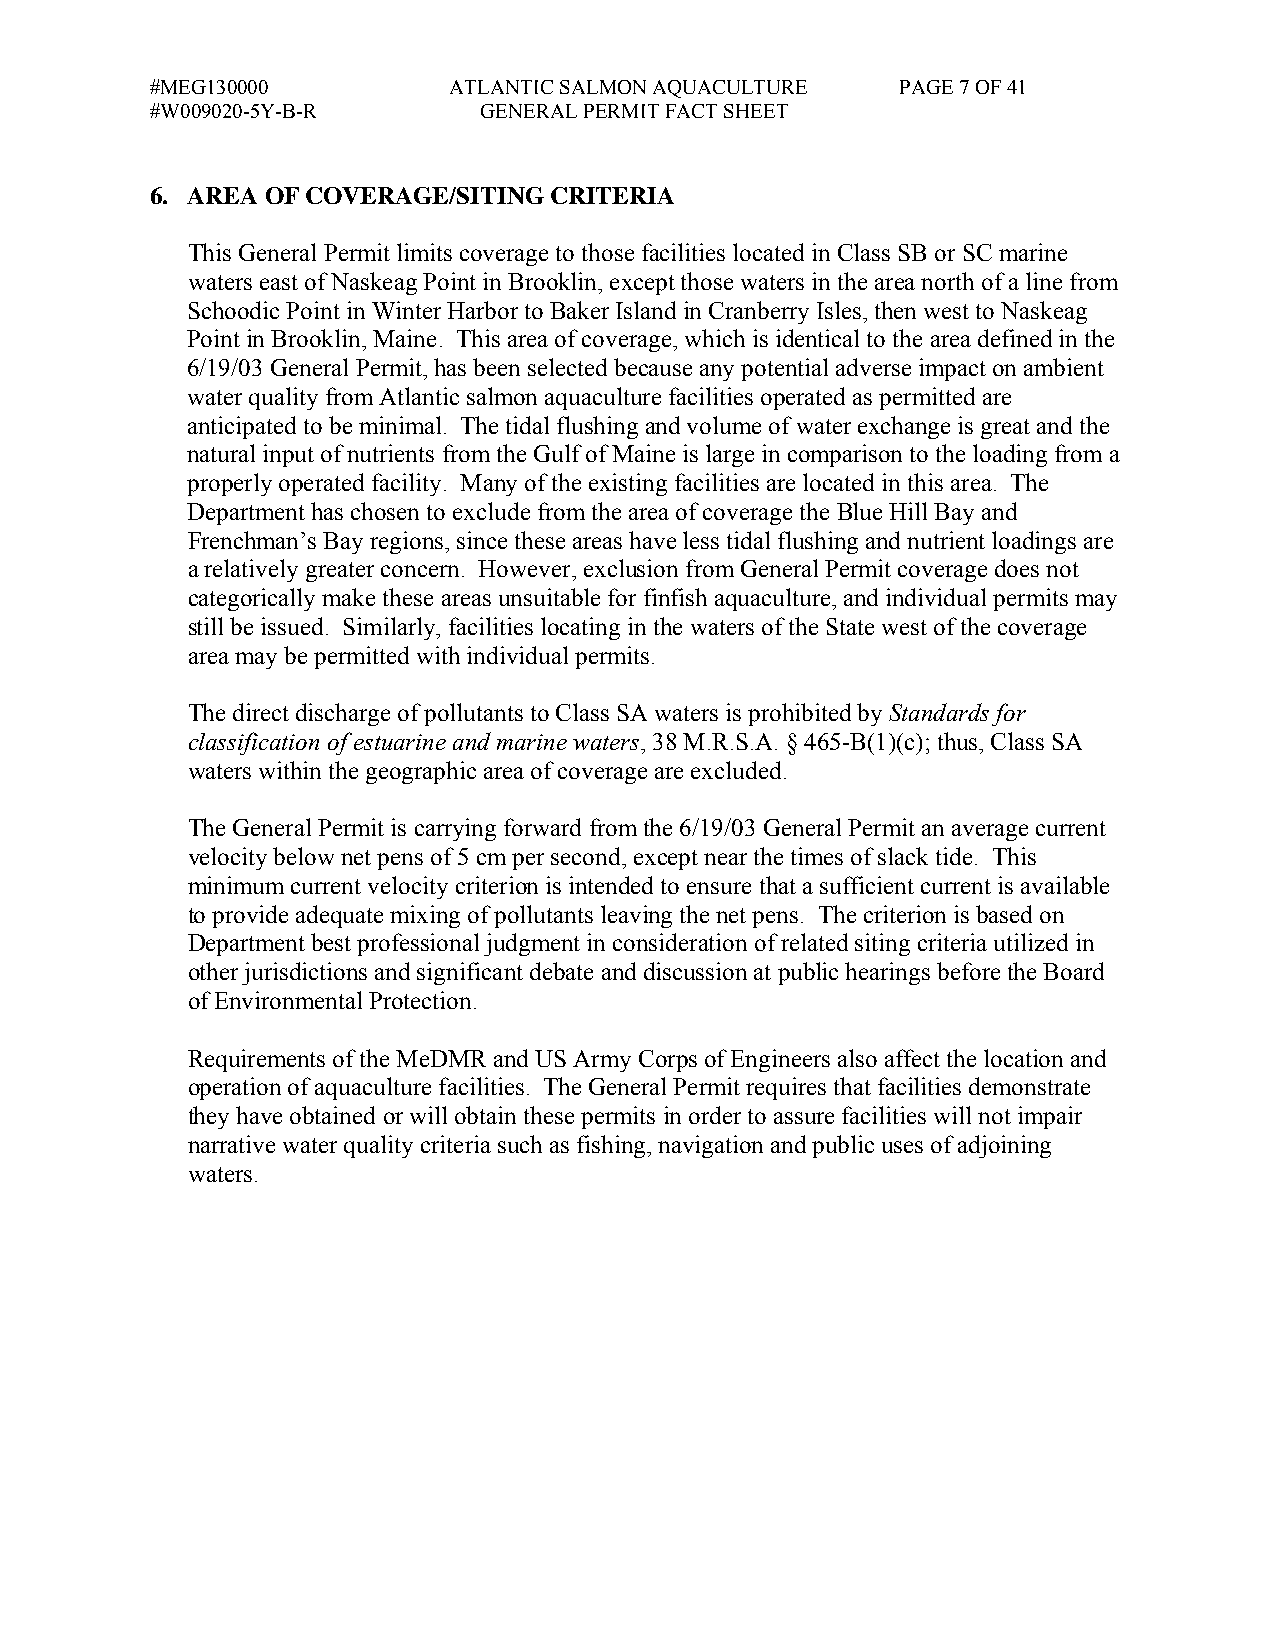
#MEG130000          ATLANTIC SALMON AQUACULTURE   PAGE 7 OF 41
 #W009020-5Y-B-R       GENERAL PERMIT FACT SHEET
 6. AREA OF COVERAGE/SITING CRITERIA
 This General Permit limits coverage to those facilities located in Class SB or SC marine
 waters east of Naskeag Point in Brooklin, except those waters in the area north of a line from
 Schoodic Point in Winter Harbor to Baker Island in Cranberry Isles, then west to Naskeag
 Point in Brooklin, Maine. This area of coverage, which is identical to the area defined in the
 6/19/03 General Permit, has been selected because any potential adverse impact on ambient
 water quality from Atlantic salmon aquaculture facilities operated as permitted are
 anticipated to be minimal. The tidal flushing and volume of water exchange is great and the
 natural input of nutrients from the Gulf of Maine is large in comparison to the loading from a
 properly operated facility. Many of the existing facilities are located in this area. The
 Department has chosen to exclude from the area of coverage the Blue Hill Bay and
 Frenchman’s Bay regions, since these areas have less tidal flushing and nutrient loadings are
 a relatively greater concern. However, exclusion from General Permit coverage does not
 categorically make these areas unsuitable for finfish aquaculture, and individual permits may
 still be issued. Similarly, facilities locating in the waters of the State west of the coverage
 area may be permitted with individual permits.
 The direct discharge of pollutants to Class SA waters is prohibited by Standards for
 classification of estuarine and marine waters, 38 M.R.S.A. § 465-B(1)(c); thus, Class SA
 waters within the geographic area of coverage are excluded.
 The General Permit is carrying forward from the 6/19/03 General Permit an average current
 velocity below net pens of 5 cm per second, except near the times of slack tide. This
 minimum current velocity criterion is intended to ensure that a sufficient current is available
 to provide adequate mixing of pollutants leaving the net pens. The criterion is based on
 Department best professional judgment in consideration of related siting criteria utilized in
 other jurisdictions and significant debate and discussion at public hearings before the Board
 of Environmental Protection.
 Requirements of the MeDMR and US Army Corps of Engineers also affect the location and
 operation of aquaculture facilities. The General Permit requires that facilities demonstrate
 they have obtained or will obtain these permits in order to assure facilities will not impair
 narrative water quality criteria such as fishing, navigation and public uses of adjoining
 waters.